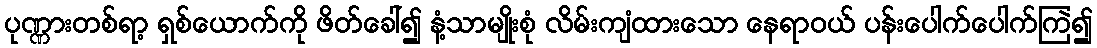
ပုဏ္ဏားတစ်ရာ့ ရှစ်ယောက်ကို ဖိတ်ခေါ်၍ နံ့သာမျိုးစုံ လိမ်းကျံထားသော နေရာဝယ် ပန်းပေါက်ပေါက်ကြဲ၍